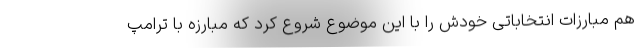
هم مبارزات انتخاباتی خودش را با این موضوع شروع کرد که مبارزه با ترامپ